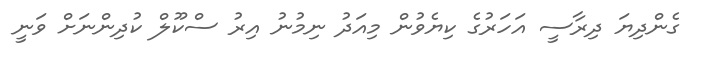
ގެންދިޔަ ދިރާސީ އަހަރުގެ ކިޔެވުން މިއަދު ނިމުނު އިރު ސްކޫލް ކުދިންނަށް ވަނީ